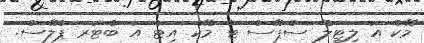
މޭކް އަ ލިޓިލް ސްޕޭސް ޓު މޭކް އިޓް އަ ބެޓަރ ޕްލޭސް.